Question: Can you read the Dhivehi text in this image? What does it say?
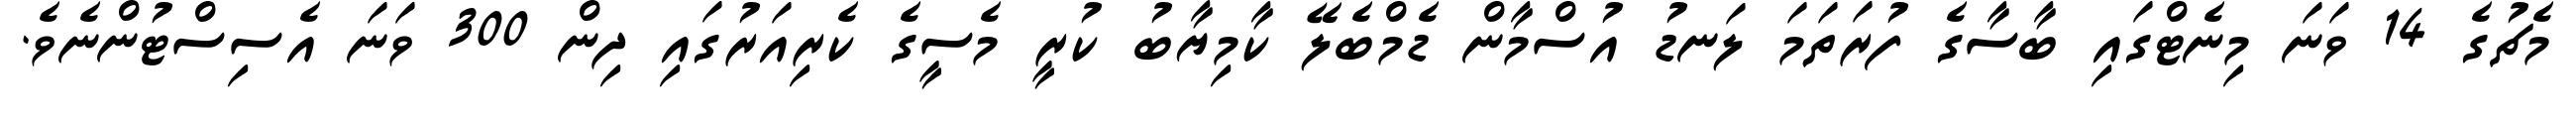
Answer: މެޗުގެ 14 ވަނަ މިނެޓްގައި ބާސާގެ ފުރަތަމަ ލަނޑު އުސްމާން ޑެމްބެލޭ ކާމިޔާބު ކުރީ މެސީގެ ކެރިއަރުގައި ދިން 300 ވަނަ އެސިސްޓުންނެވެ.